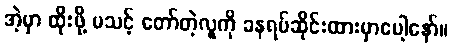
အဲ့မှာ ထိုးဖို့ မသင့် တော်တဲ့လူကို ခနရပ်ဆိုင်းထားမှာပေါ့နော်။